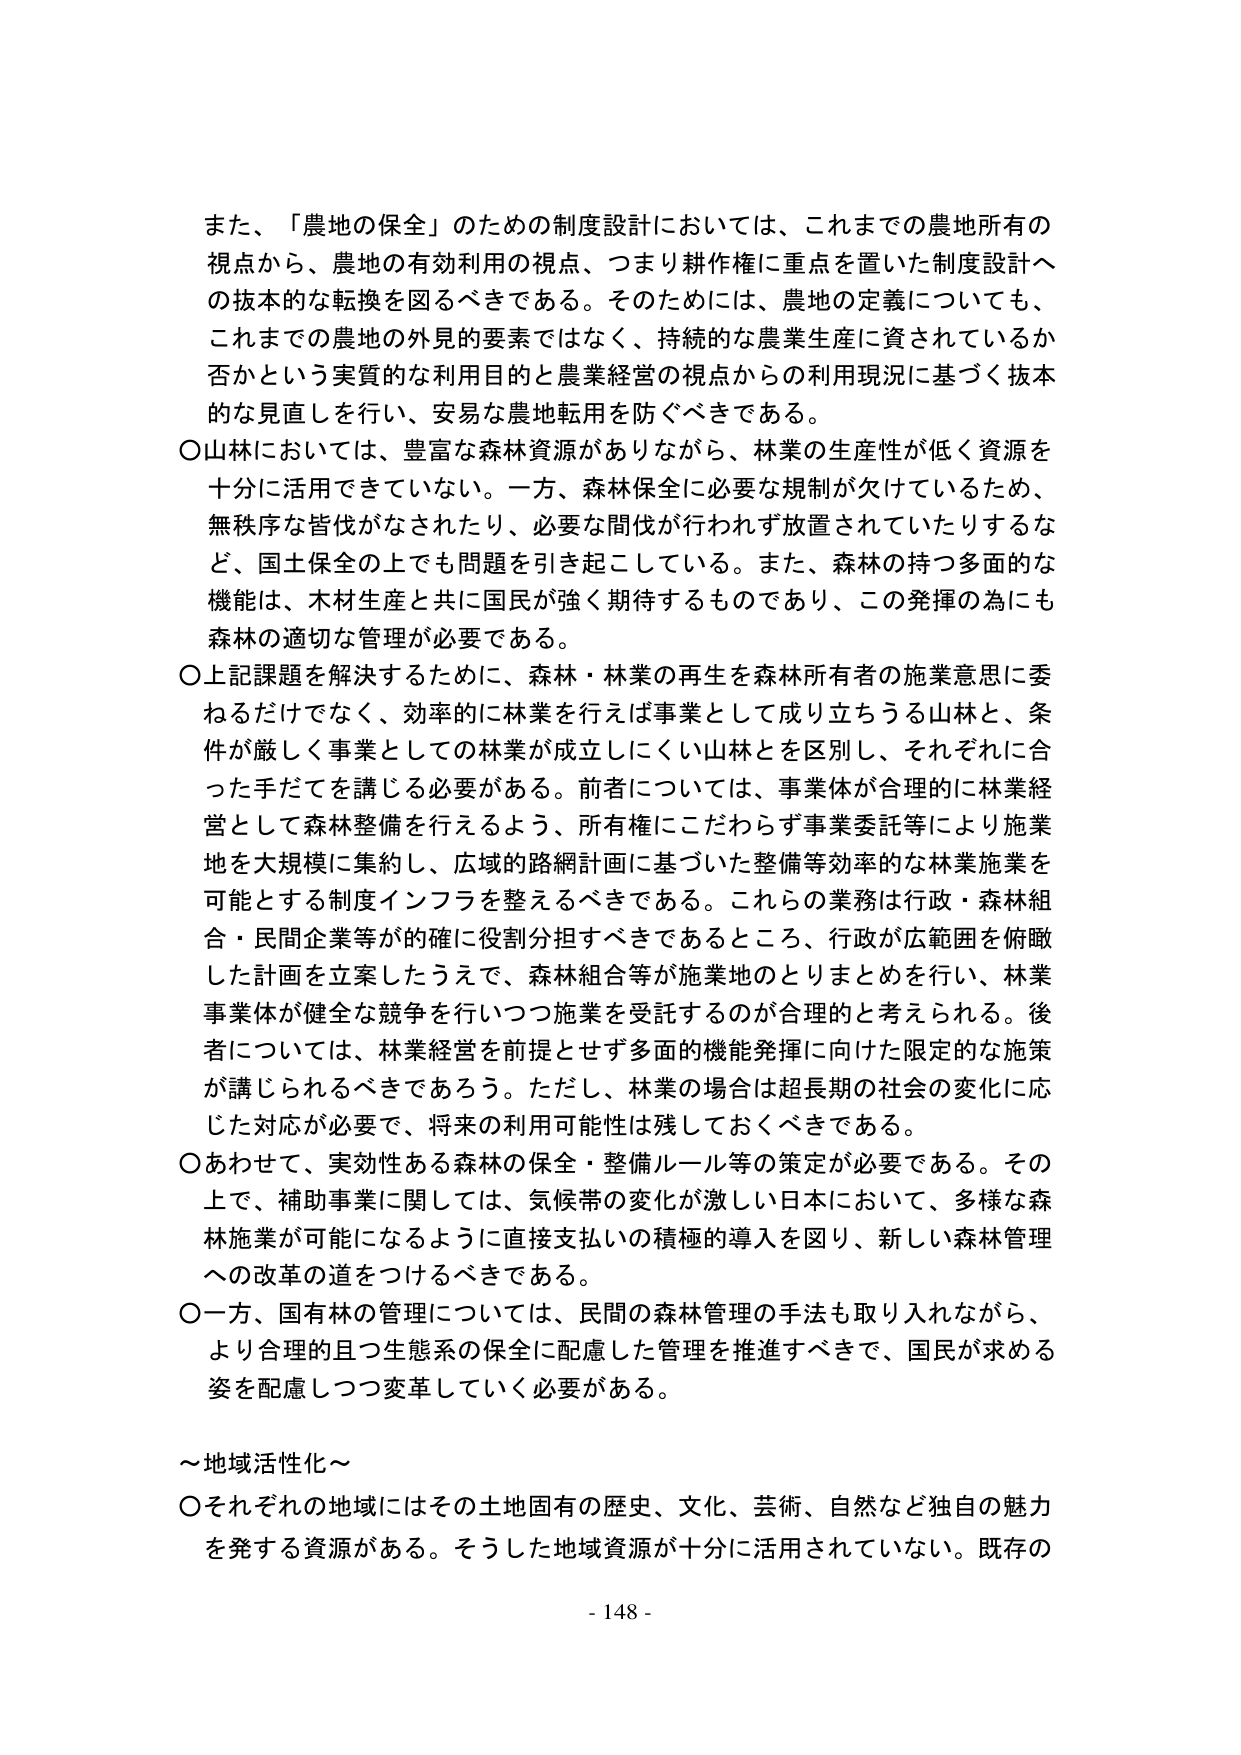
また、「農地の保全」のための制度設計においては、これまでの農地所有の
視点から、農地の有効利用の視点、つまり耕作権に重点を置いた制度設計へ
の抜本的な転換を図るべきである。そのためには、農地の定義についても、
これまでの農地の外見的要素ではなく、持続的な農業生産に資されているか
否かという実質的な利用目的と農業経営の視点からの利用現況に基づく抜本
的な見直しを行い、安易な農地転用を防ぐべきである。
○山林においては、豊富な森林資源がありながら、林業の生産性が低く資源を
十分に活用できていない。一方、森林保全に必要な規制が欠けているため、
無秩序な皆伐がなされたり、必要な間伐が行われず放置されていたりするな
ど、国土保全の上でも問題を引き起こしている。また、森林の持つ多面的な
機能は、木材生産と共に国民が強く期待するものであり、この発揮の為にも
森林の適切な管理が必要である。
○上記課題を解決するために、森林・林業の再生を森林所有者の施業意思に委
ねるだけでなく、効率的に林業を行えば事業として成り立つうる山林と、条
件が厳しく事業としての林業が成立しにくい山林とを区別し、それぞれに合
った手だてを講じる必要がある。前者については、事業体が合理的に林業経
営として森林整備を行えるよう、所有権にこだわらず事業委託等により施業
地を大規模に集約し、広域的路網計画に基づいた整備等効率的な林業施業を
可能とする制度インフラを整えるべきである。これらの業務は行政・森林組
合・民間企業等が的確に役割分担すべきであるところ、行政が広範囲を俯瞰
した計画を立案したうえで、森林組合等が施業地のとりまとめを行い、林業
事業体が健全な競争を行いつつ施業を受託するのが合理的と考えられる。後
者については、林業経営を前提とせず多面的機能発揮に向けた限定的な施策
が講じられるべきであろう。ただし、林業の場合は超長期の社会の変化に応
じた対応が必要で、将来の利用可能性は残しておくべきである。
○あわせて、実効性ある森林の保全・整備ルール等の策定が必要である。その
上で、補助事業に関しては、気候帯の変化が激しい日本において、多様な森
林施業が可能になるように直接支払いの積極的導入を図り、新しい森林管理
への改革の道をつけるべきである。
○一方、国有林の管理については、民間の森林管理の手法も取り入れながら、
より合理的且つ生態系の保全に配慮した管理を推進すべきで、国民が求める
姿を配慮しつつ変革していく必要がある。
～地域活性化～
○それぞれの地域にはその土地固有の歴史、文化、芸術、自然など独自の魅力
を発する資源がある。そうした地域資源が十分に活用されていない。既存の
- 148 -